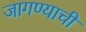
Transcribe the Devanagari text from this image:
जागण्याची